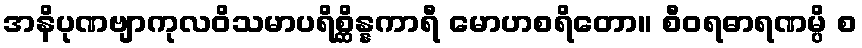
အနိပုဏဗျာကုလဝိသမာပရိစ္ဆိန္နကာရီ မောဟစရိတော။ စီဝရဓာရဏမ္ပိ စ